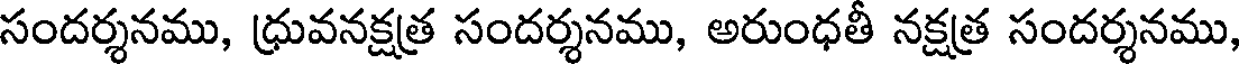
సందర్శనము, ధ్రువనక్షత్ర సందర్శనము, అరుంధతీ నక్షత్ర సందర్శనము,